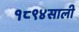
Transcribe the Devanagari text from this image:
१८९४साली